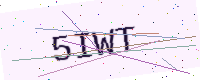
Text: 5IWT